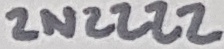
Text: 2N2222